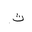
Letter: _tha